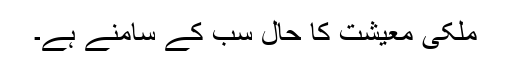
ملکی معیشت کا حال سب کے سامنے ہے۔